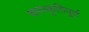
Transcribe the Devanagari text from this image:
चमत्कृतिपूर्ण